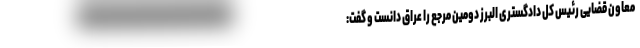
معاون قضایی رئیس کل دادگستری البرز دومین مرجع را عراق دانست و گفت: